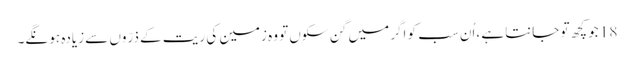
18 جو کچھ تو جانتا ہے ،اُن سب کو اگر میں گِن سکوں تو وہ زمین کی ریت کے ذرّوں سے زیادہ ہو نگے۔